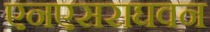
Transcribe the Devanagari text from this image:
एनएसराघवन